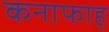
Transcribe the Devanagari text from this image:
कनाफाह्